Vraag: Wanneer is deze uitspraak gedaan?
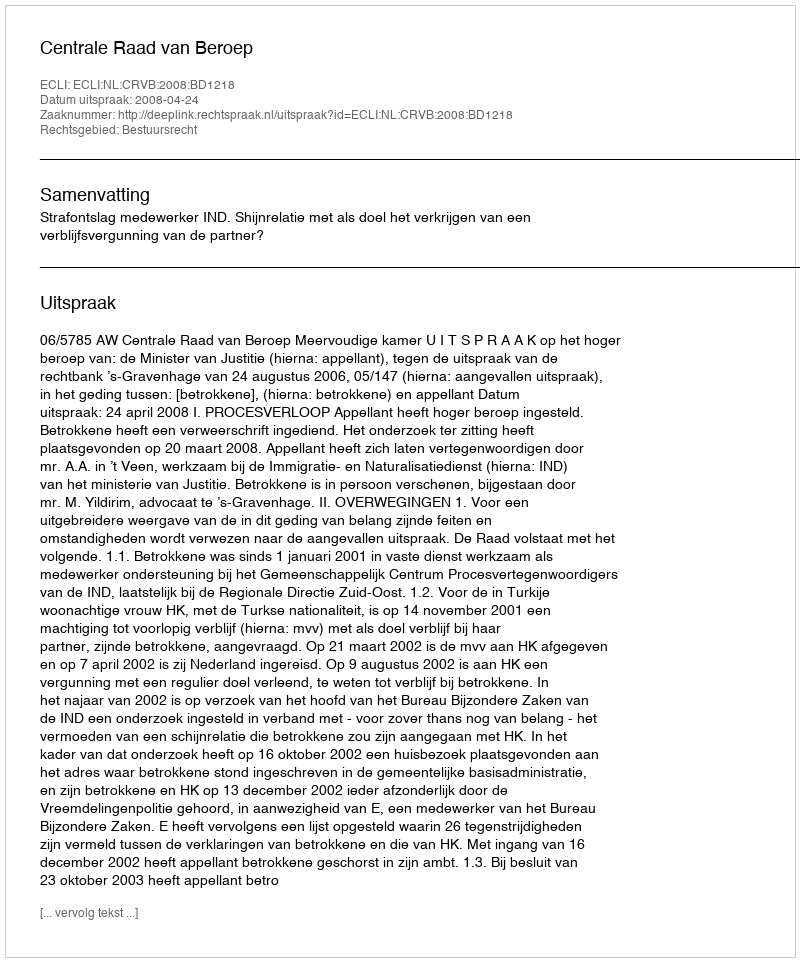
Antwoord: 2008-04-24